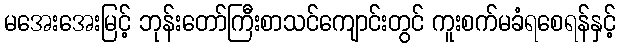
မအေးအေးမြင့် ဘုန်းတော်ကြီးစာသင်ကျောင်းတွင် ကူးစက်မခံရစေရန်နှင့်